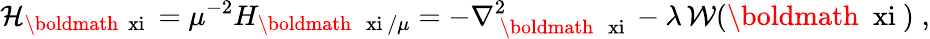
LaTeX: {\mathcal H}_{{\mathrm{\boldmath~\scriptstyle{\ xi}~}}}=\mu^{-2}H_{\mathrm{\boldmath~\scriptstyle{~\ xi}~}/\mu}=-\nabla_{\mathrm{~\boldmath~\scriptstyle{~\ xi}~}}^{2}-\lambda\, {\mathcal W}(\mathrm{\boldmath~\ xi~})\; ,